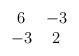
\begin{align*}\begin{array}{cc}6&-3\\-3&2\end{array}\end{align*}